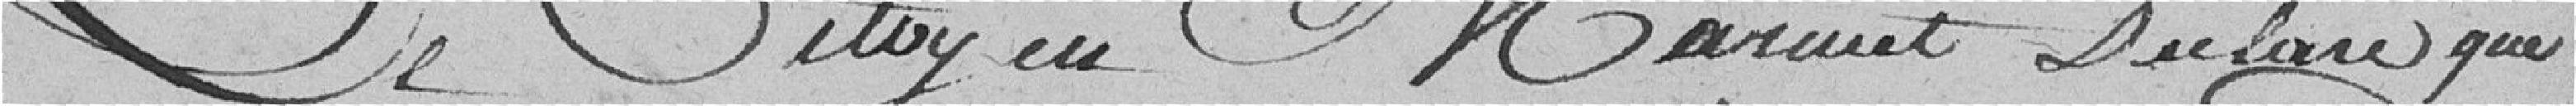
Le citoyen Marmet déclare que